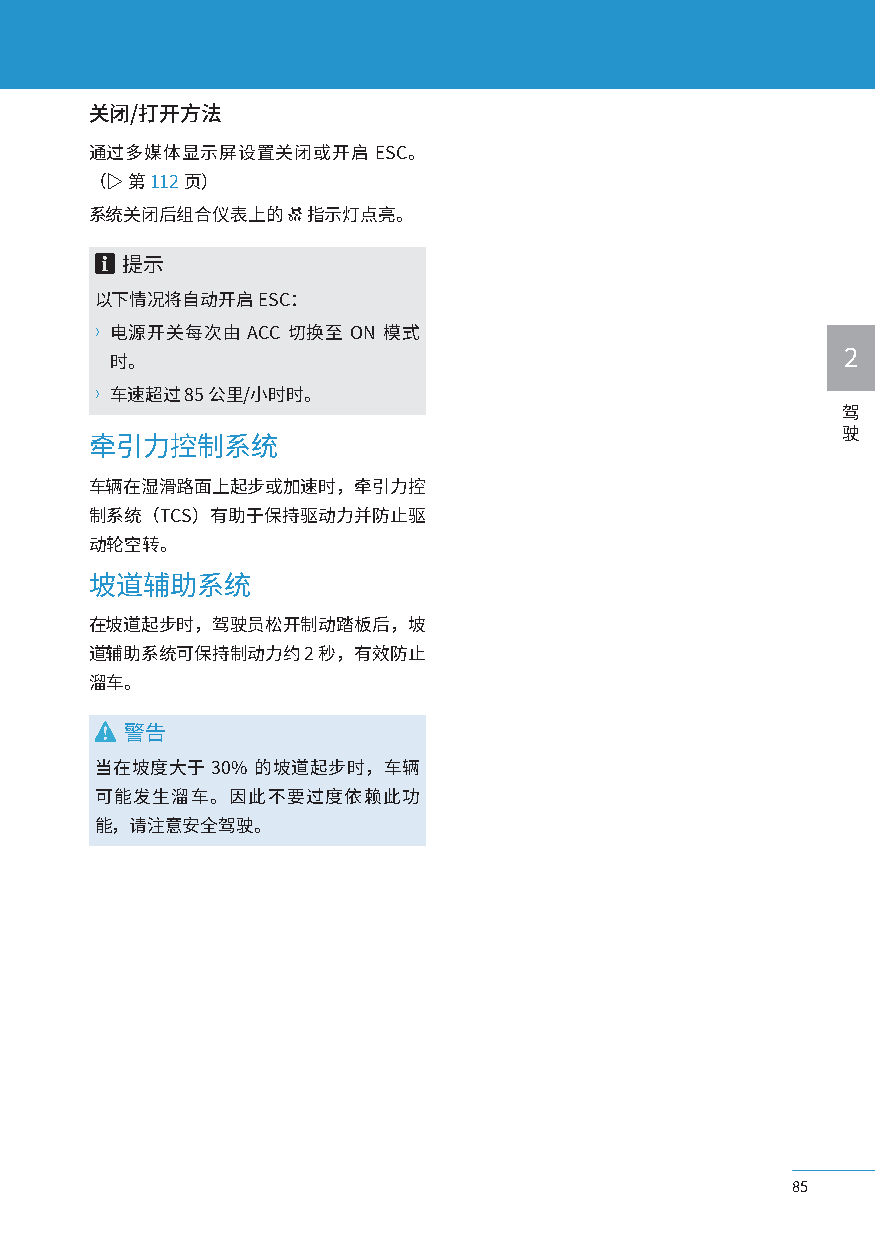
关闭/打开方法
 通过多媒体显示屏设置关闭或开启ESC。
 （▷ 第 112页）
 系统关闭后组合仪表上的   指示灯点亮。
 提示
 以下情况将自动开启  ESC：
 〉电源开关每次由  ACC 切换至 ON 模式
 时。                                               2
 〉车速超过 85 公里/小时时。
 驾
 驶
 牵引力控制系统
 车辆在湿滑路面上起步或加速时，牵引力控
 制系统（TCS）有助于保持驱动力并防止驱
 动轮空转。
 坡道辅助系统
 在坡道起步时，驾驶员松开制动踏板后，坡
 道辅助系统可保持制动力约  2 秒，有效防止
 溜车。
 警告
 当在坡度大于  30% 的坡道起步时，车辆
 可能发生溜车。因此不要过度依赖此功
 能，请注意安全驾驶。
 85